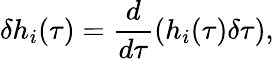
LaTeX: \delta h_{i}(\tau)=\frac{d}{d\tau}(h_{i}(\tau)\delta\tau),